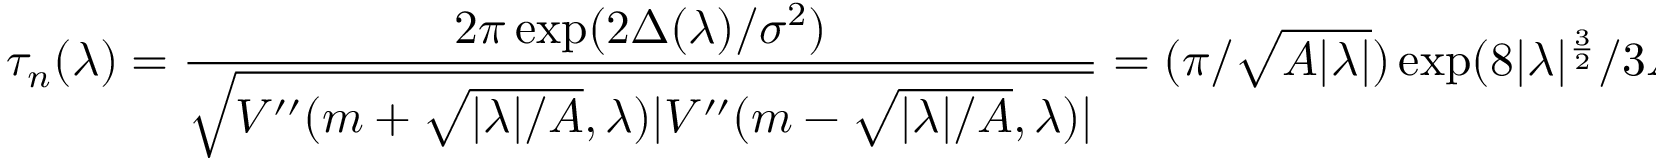
\tau _ { n } ( \lambda ) = \frac { 2 \pi \exp ( 2 \Delta ( \lambda ) / \sigma ^ { 2 } ) } { \sqrt { V ^ { \prime \prime } ( m + \sqrt { | \lambda | / A } , \lambda ) | V ^ { \prime \prime } ( m - \sqrt { | \lambda | / A } , \lambda ) | } } = ( \pi / \sqrt { A | \lambda | } ) \exp ( 8 | \lambda | ^ { \frac { 3 } { 2 } } / 3 A ^ { \frac 1 2 } \sigma ^ { 2 } ) .